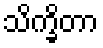
သိက္ခိတာ